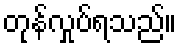
တုန်လှုပ်ရသည်။